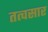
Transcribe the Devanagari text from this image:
तत्वसार